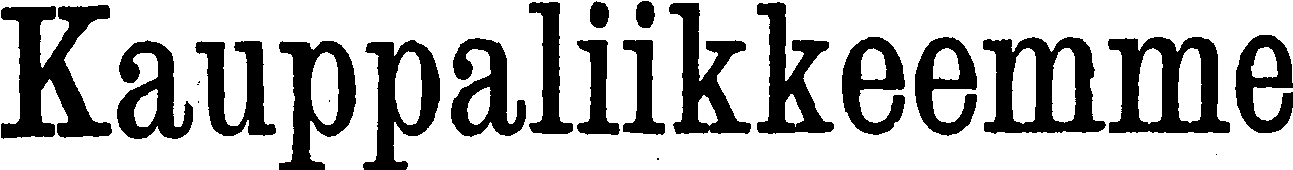
Kauppaliikkeemme